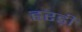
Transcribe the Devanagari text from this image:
हरड़ी